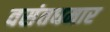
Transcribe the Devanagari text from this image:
वसंतधमार